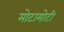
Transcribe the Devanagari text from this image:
मोटामोटी